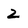
Character: Z